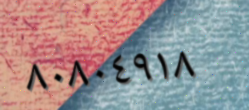
٨٠٨٠٤٩١٨